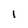
Character: 1